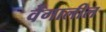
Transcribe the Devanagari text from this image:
वेंगालील